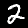
Digit: 2